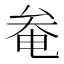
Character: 奙